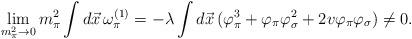
LaTeX: \begin{align*}\lim_{m_{\pi}^2\rightarrow 0} m_{\pi}^2\int d \vec{x}\, \omega_{\pi}^{(1)}=-\lambda\int d \vec{x}\, (\varphi_{\pi}^3+\varphi_{\pi}\varphi_{\sigma}^2+2v\varphi_{\pi}\varphi_{\sigma})\ne 0.\end{align*}